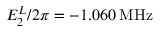
E _ { 2 } ^ { L } / 2 \pi = - 1 . 0 6 0 \: \mathrm { M H z }